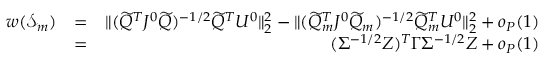
\begin{array} { r l r } { w ( \mathcal { S } _ { m } ) } & { = } & { \| ( \widetilde { Q } ^ { T } J ^ { 0 } \widetilde { Q } ) ^ { - 1 / 2 } \widetilde { Q } ^ { T } U ^ { 0 } \| _ { 2 } ^ { 2 } - \| ( \widetilde { Q } _ { m } ^ { T } J ^ { 0 } \widetilde { Q } _ { m } ) ^ { - 1 / 2 } \widetilde { Q } _ { m } ^ { T } U ^ { 0 } \| _ { 2 } ^ { 2 } + o _ { P } ( 1 ) } \\ & { = } & { ( \Sigma ^ { - 1 / 2 } Z ) ^ { T } \Gamma \Sigma ^ { - 1 / 2 } Z + o _ { P } ( 1 ) } \end{array}